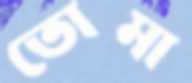
তোমা